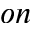
o n